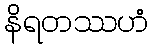
နိရတဿဟံ